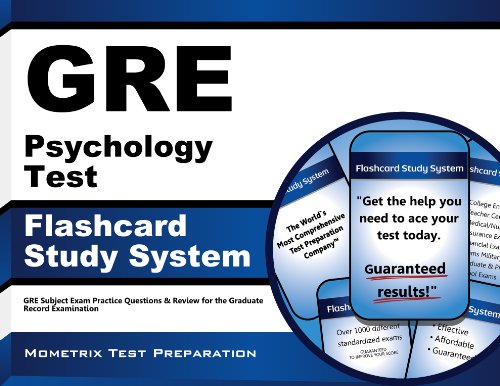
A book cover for GRE Psychology Test Flashcard Study System: GRE Subject Exam Practice Questions & Review for the Graduate Record Examination (Cards); GRE Subject Exam Secrets Test Prep Team; Test Preparation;